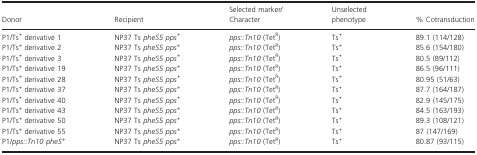
<table><thead><tr><td><b>Donor</b></td><td><b>Recipient</b></td><td><b>Selected marker/Character</b></td><td><b>Unselected phenotype</b></td><td><b>% Cotransduction</b></td></tr></thead><tbody><tr><td>P1/Ts<sup>+</sup> derivative 1</td><td>NP37 Ts <i>pheS5 pps</i><sup><i>+</i></sup></td><td><i>pps::Tn10</i> (Tet<sup>R</sup>)</td><td>Ts<sup>+</sup></td><td>89.1 (114/128)</td></tr><tr><td>P1/Ts<sup>+</sup> derivative 2</td><td>NP37 Ts <i>pheS5 pps</i><sup><i>+</i></sup></td><td><i>pps::Tn10</i> (Tet<sup>R</sup>)</td><td>Ts<sup>+</sup></td><td>85.6 (154/180)</td></tr><tr><td>P1/Ts<sup>+</sup> derivative 3</td><td>NP37 Ts <i>pheS5 pps</i><sup><i>+</i></sup></td><td><i>pps::Tn10</i> (Tet<sup>R</sup>)</td><td>Ts<sup>+</sup></td><td>80.5 (89/112)</td></tr><tr><td>P1/Ts<sup>+</sup> derivative 19</td><td>NP37 Ts <i>pheS5 pps</i><sup><i>+</i></sup></td><td><i>pps::Tn10</i> (Tet<sup>R</sup>)</td><td>Ts<sup>+</sup></td><td>86.5 (96/111)</td></tr><tr><td>P1/Ts<sup>+</sup> derivative 28</td><td>NP37 Ts <i>pheS5 pps</i><sup><i>+</i></sup></td><td><i>pps::Tn10</i> (Tet<sup>R</sup>)</td><td>Ts<sup>+</sup></td><td>80.95 (51/63)</td></tr><tr><td>P1/Ts<sup>+</sup> derivative 37</td><td>NP37 Ts <i>pheS5 pps</i><sup><i>+</i></sup></td><td><i>pps::Tn10</i> (Tet<sup>R</sup>)</td><td>Ts<sup>+</sup></td><td>87.7 (164/187)</td></tr><tr><td>P1/Ts<sup>+</sup> derivative 40</td><td>NP37 Ts <i>pheS5 pps</i><sup><i>+</i></sup></td><td><i>pps::Tn10</i> (Tet<sup>R</sup>)</td><td>Ts<sup>+</sup></td><td>82.9 (145/175)</td></tr><tr><td>P1/Ts<sup>+</sup> derivative 43</td><td>NP37 Ts <i>pheS5 pps</i><sup><i>+</i></sup></td><td><i>pps::Tn10</i> (Tet<sup>R</sup>)</td><td>Ts<sup>+</sup></td><td>84.5 (163/193)</td></tr><tr><td>P1/Ts<sup>+</sup> derivative 50</td><td>NP37 Ts <i>pheS5 pps</i><sup><i>+</i></sup></td><td><i>pps::Tn10</i> (Tet<sup>R</sup>)</td><td>Ts<sup>+</sup></td><td>89.3 (108/121)</td></tr><tr><td>P1/Ts<sup>+</sup> derivative 55</td><td>NP37 Ts <i>pheS5 pps</i><sup><i>+</i></sup></td><td><i>pps::Tn10</i> (Tet<sup>R</sup>)</td><td>Ts<sup>+</sup></td><td>87 (147/169)</td></tr><tr><td>P1/<i>pps::Tn10 pheS</i><sup><i>+</i></sup></td><td>NP37 Ts <i>pheS5 pps</i><sup><i>+</i></sup></td><td><i>pps::Tn10</i> (Tet<sup>R</sup>)</td><td>Ts<sup>+</sup></td><td>80.87 (93/115)</td></tr></tbody></table>